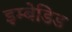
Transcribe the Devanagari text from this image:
इम्बेडिड